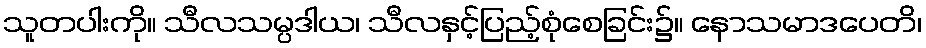
သူတပါးကို။ သီလသမ္ပဒါယ၊ သီလနှင့်ပြည့်စုံစေခြင်း၌။ နောသမာဒပေတိ၊